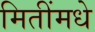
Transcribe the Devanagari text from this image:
मितींमधे